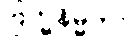
ဗြဟ္မနိမ္မိတာ